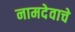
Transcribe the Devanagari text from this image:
नामदेवाचे